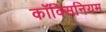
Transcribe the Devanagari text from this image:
कॉक्सिनियम